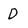
Character: D